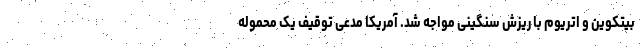
بیتکوین و اتریوم با ریزش سنگینی مواجه شد. آمریکا مدعی توقیف یک محموله